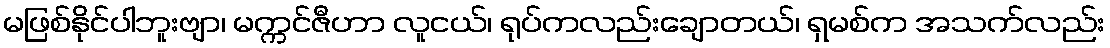
မဖြစ်နိုင်ပါဘူးဗျာ၊ မက္ကင်ဇီဟာ လူငယ်၊ ရုပ်ကလည်းချောတယ်၊ ရှမစ်က အသက်လည်း